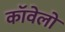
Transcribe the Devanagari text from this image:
कॉवेलो